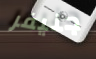
جنيفر